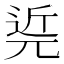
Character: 𨓢